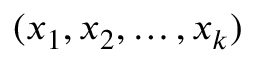
( x _ { 1 } , x _ { 2 } , \dots , x _ { k } )